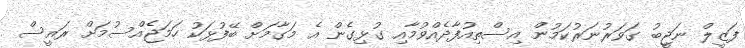
ފަޒީލް ނަޖީބު ގަވަރުނަރުކަމުން އިސްތިއުފާދެއްވުމާއި ގުޅިގެން އެ މަގާމަށް ބޭފުޅަކު ހަމަޖެއްސުމަށް ރައީސް